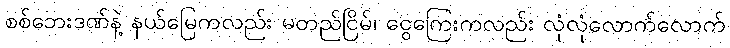
စစ်ဘေးဒဏ်နဲ့ နယ်မြေကလည်း မတည်ငြိမ်၊ ငွေကြေးကလည်း လုံလုံလောက်လောက်